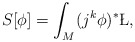
\begin{align*}S[\phi] = \int_M (j^k\phi)^*\L,\end{align*}